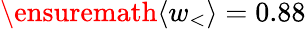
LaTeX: \ensuremath{\langle w_{<}\rangle}=0.88